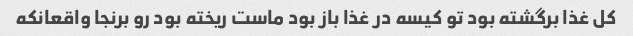
کل غذا برگشته بود تو کیسه در غذا باز بود ماست ریخته بود رو برنجا واقعانکه